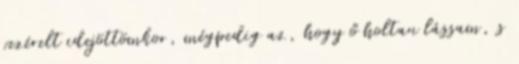
vezérelt idejöttömkor, mégpedig az, hogy ő holtan lássam, s